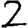
Digit: 2